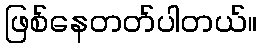
ဖြစ်နေတတ်ပါတယ်။